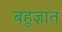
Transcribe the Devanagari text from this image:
बहुज्ञात